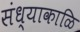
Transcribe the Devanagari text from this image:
संध्याकाळि